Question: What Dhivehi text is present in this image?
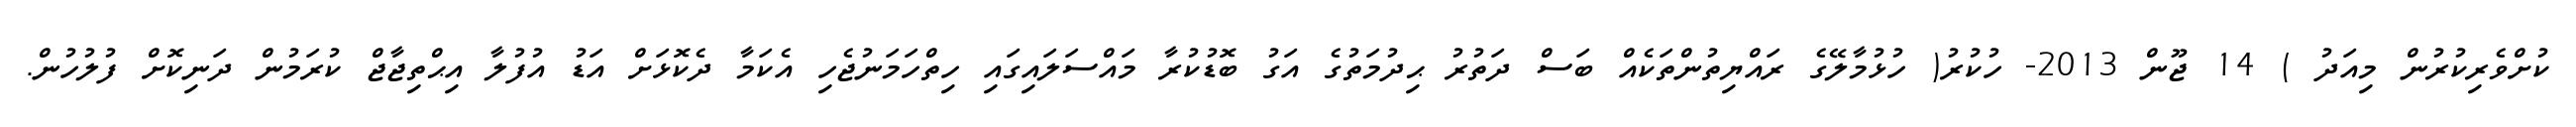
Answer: ކުށްވެރިކުރުން މިއަދު ) 14 ޖޫން 2013- ހުކުރު( ހުޅުމާލޭގެ ރައްޔިތުންތަކެއް ބަސް ދަތުރު ޙިދުމަތުގެ އަގު ބޮޑުކުރާ މައްސަލައިގައި ހިތްހަމަނުޖެހި އެކަމާ ދެކޮޅަށް އަޑު އުފުލާ އިޙްތިޖާޖް ކުރަމުން ދަނިކޮށް ފުލުހުން.